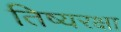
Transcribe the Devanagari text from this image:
तिष्यरक्षा